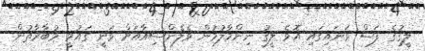
ލީގުގެ ފަސް ވަނައިގައި އޮވެ ލީގު ނިންމާލުމުން ވެލެންސިއާއަށް ވަނީ ގައުމީ މުބާރާތުން